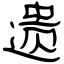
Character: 遗